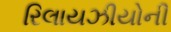
રિલાયઝીયોની